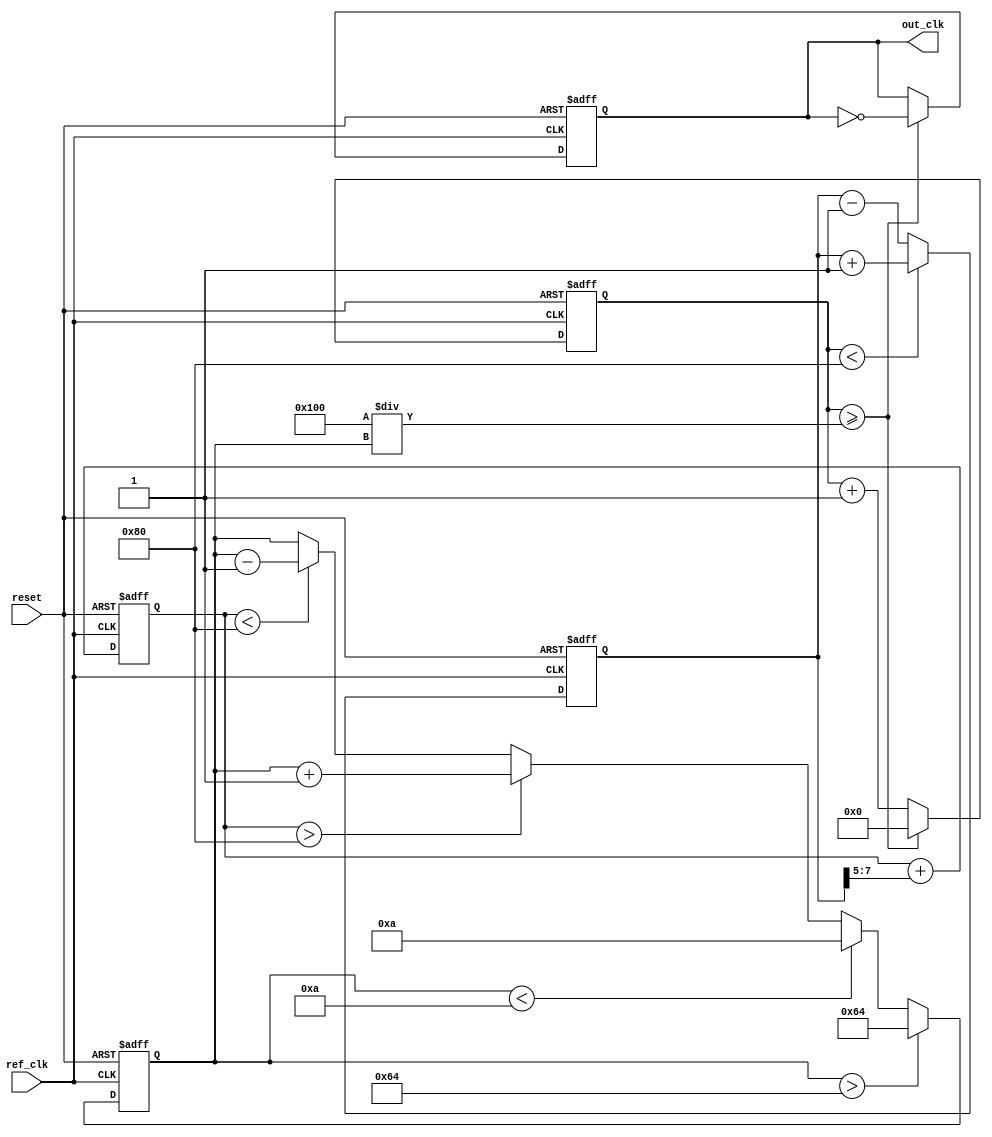
module pll (
    input wire ref_clk,          // Reference clock input
    input wire reset,           // Asynchronous reset
    output reg out_clk          // Output clock
);

    // Parameters
    parameter integer VCO_MAX_FREQ = 100; // Maximum VCO frequency
    parameter integer VCO_MIN_FREQ = 10;   // Minimum VCO frequency
    parameter integer LOOP_BANDWIDTH = 5;  // Loop bandwidth
    parameter integer PHASE_MARGIN = 10;    // Phase margin

    // Internal signals
    reg [7:0] phase_error;          // Phase error signal
    reg [7:0] control_voltage;       // Control voltage for VCO
    reg [7:0] vco_frequency;         // Current VCO frequency
    reg [7:0] vco_counter;           // VCO counter for clock generation

    // Phase Detector (PD)
    always @(posedge ref_clk or posedge reset) begin
        if (reset) begin
            phase_error <= 0;
        end else begin
            // Simple phase detection logic
            // Increment phase_error if out_clk is leading ref_clk
            if (vco_counter < 128) begin
                phase_error <= phase_error + 1; // Out_clk is leading
            end else begin
                phase_error <= phase_error - 1; // Ref_clk is leading
            end
        end
    end

    // Loop Filter
    always @(posedge ref_clk or posedge reset) begin
        if (reset) begin
            control_voltage <= 0;
        end else begin
            // Simple low-pass filter implementation
            control_voltage <= control_voltage + (phase_error >> LOOP_BANDWIDTH);
        end
    end

    // Voltage-Controlled Oscillator (VCO)
    always @(posedge ref_clk or posedge reset) begin
        if (reset) begin
            vco_frequency <= VCO_MIN_FREQ; // Start at minimum frequency
            vco_counter <= 0;
            out_clk <= 0;
        end else begin
            // Adjust VCO frequency based on control voltage
            if (control_voltage > 128) begin
                vco_frequency <= vco_frequency + 1; // Increase frequency
            end else if (control_voltage < 128) begin
                vco_frequency <= vco_frequency - 1; // Decrease frequency
            end
            
            // Ensure VCO frequency is within limits
            if (vco_frequency > VCO_MAX_FREQ) begin
                vco_frequency <= VCO_MAX_FREQ;
            end else if (vco_frequency < VCO_MIN_FREQ) begin
                vco_frequency <= VCO_MIN_FREQ;
            end
            
            // Generate output clock based on VCO frequency
            vco_counter <= vco_counter + 1;
            if (vco_counter >= (256 / vco_frequency)) begin
                out_clk <= ~out_clk; // Toggle output clock
                vco_counter <= 0; // Reset counter
            end
        end
    end

endmodule